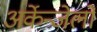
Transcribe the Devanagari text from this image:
अर्केन्जेलो